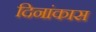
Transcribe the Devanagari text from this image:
दिनांकास